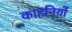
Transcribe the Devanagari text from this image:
काहनियों